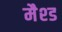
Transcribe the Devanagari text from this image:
मैश्ड